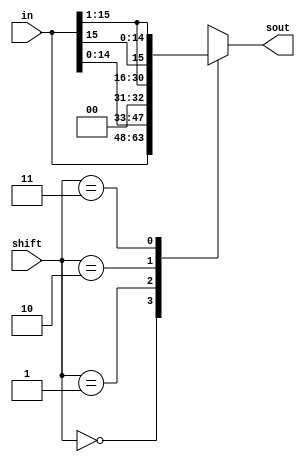
module shifter(in,shift,sout); 
input [15:0] in;
input [1:0] shift;
output reg [15:0] sout;
  

always@(*)  begin 
case(shift)  
2'b00:sout=in;  	     //B
2'b01:sout={in[14:0],1'b0};  //B shifted left 1-bit, least significant bit is zero
2'b10:sout={1'b0,in[15:1]};   //B shifted right 1-bit, most significant bit, MSB, is 0
2'b11:sout={in[15],in[15:1]};//B shifted right 1-bit, MSB is copy of B[15]
endcase
 end     
endmodule